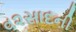
વ૨સાદની